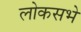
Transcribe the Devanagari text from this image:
लोकसभे